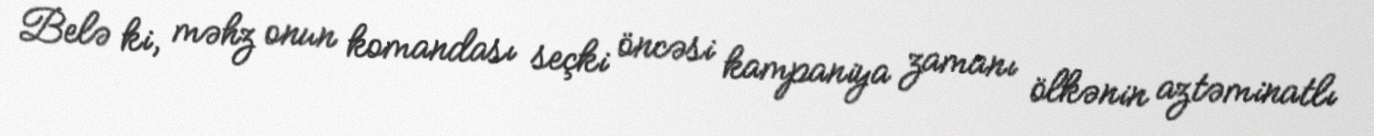
Belə ki, məhz onun komandası seçki öncəsi kampaniya zamanı ölkənin aztəminatlı